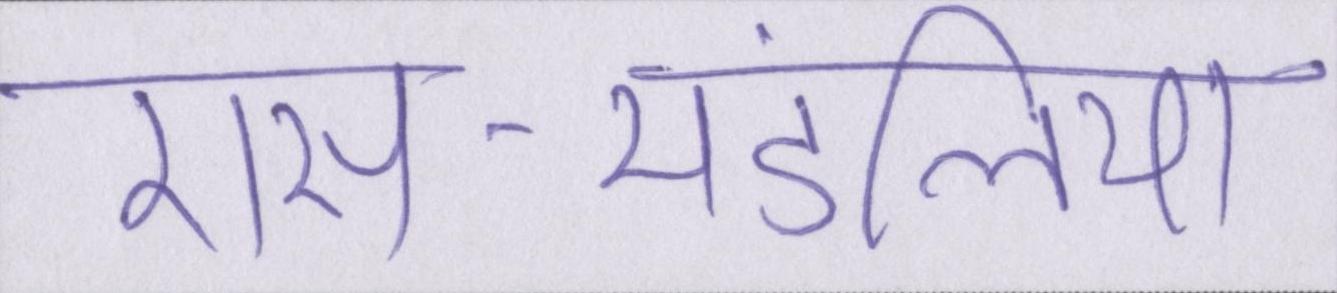
रास-मंडलियां